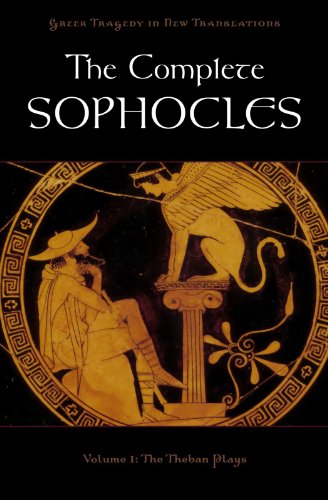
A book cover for The Complete Sophocles: Volume I: The Theban Plays (Greek Tragedy in New Translations); Literature & Fiction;